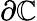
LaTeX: \partial{\mathbb{C}}